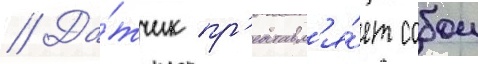
// Да́тчик пр'едставл'я́ет собои